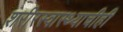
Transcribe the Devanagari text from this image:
शरीरस्वास्थ्याचीही